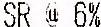
SR @ 6%